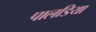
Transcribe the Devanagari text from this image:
पालडिया